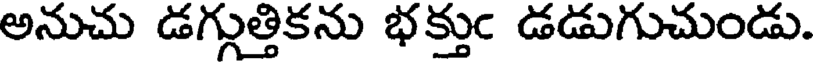
అనుచు డగ్గుత్తికను భక్తుం డడుగుచుండు.